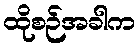
ထိုစဉ်အခါက